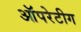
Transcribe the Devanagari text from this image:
ऑपरेटीग